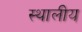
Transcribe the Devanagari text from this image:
स्थालीय